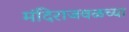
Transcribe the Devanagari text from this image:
मंदिराजवळच्या